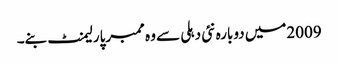
2009میں دوبارہ نئی دہلی سے وہ ممبرپارلیمنٹ بنے۔